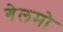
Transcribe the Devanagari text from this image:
गेलमो